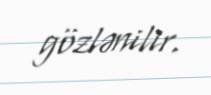
gözlənilir.